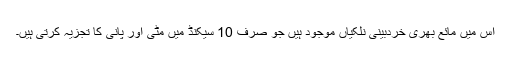
اس میں مائع بھری خردبینی نلکیاں موجود ہیں جو صرف 10 سیکنڈ میں مٹی اور پانی کا تجزیہ کرتی ہیں۔